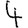
Digit: 4